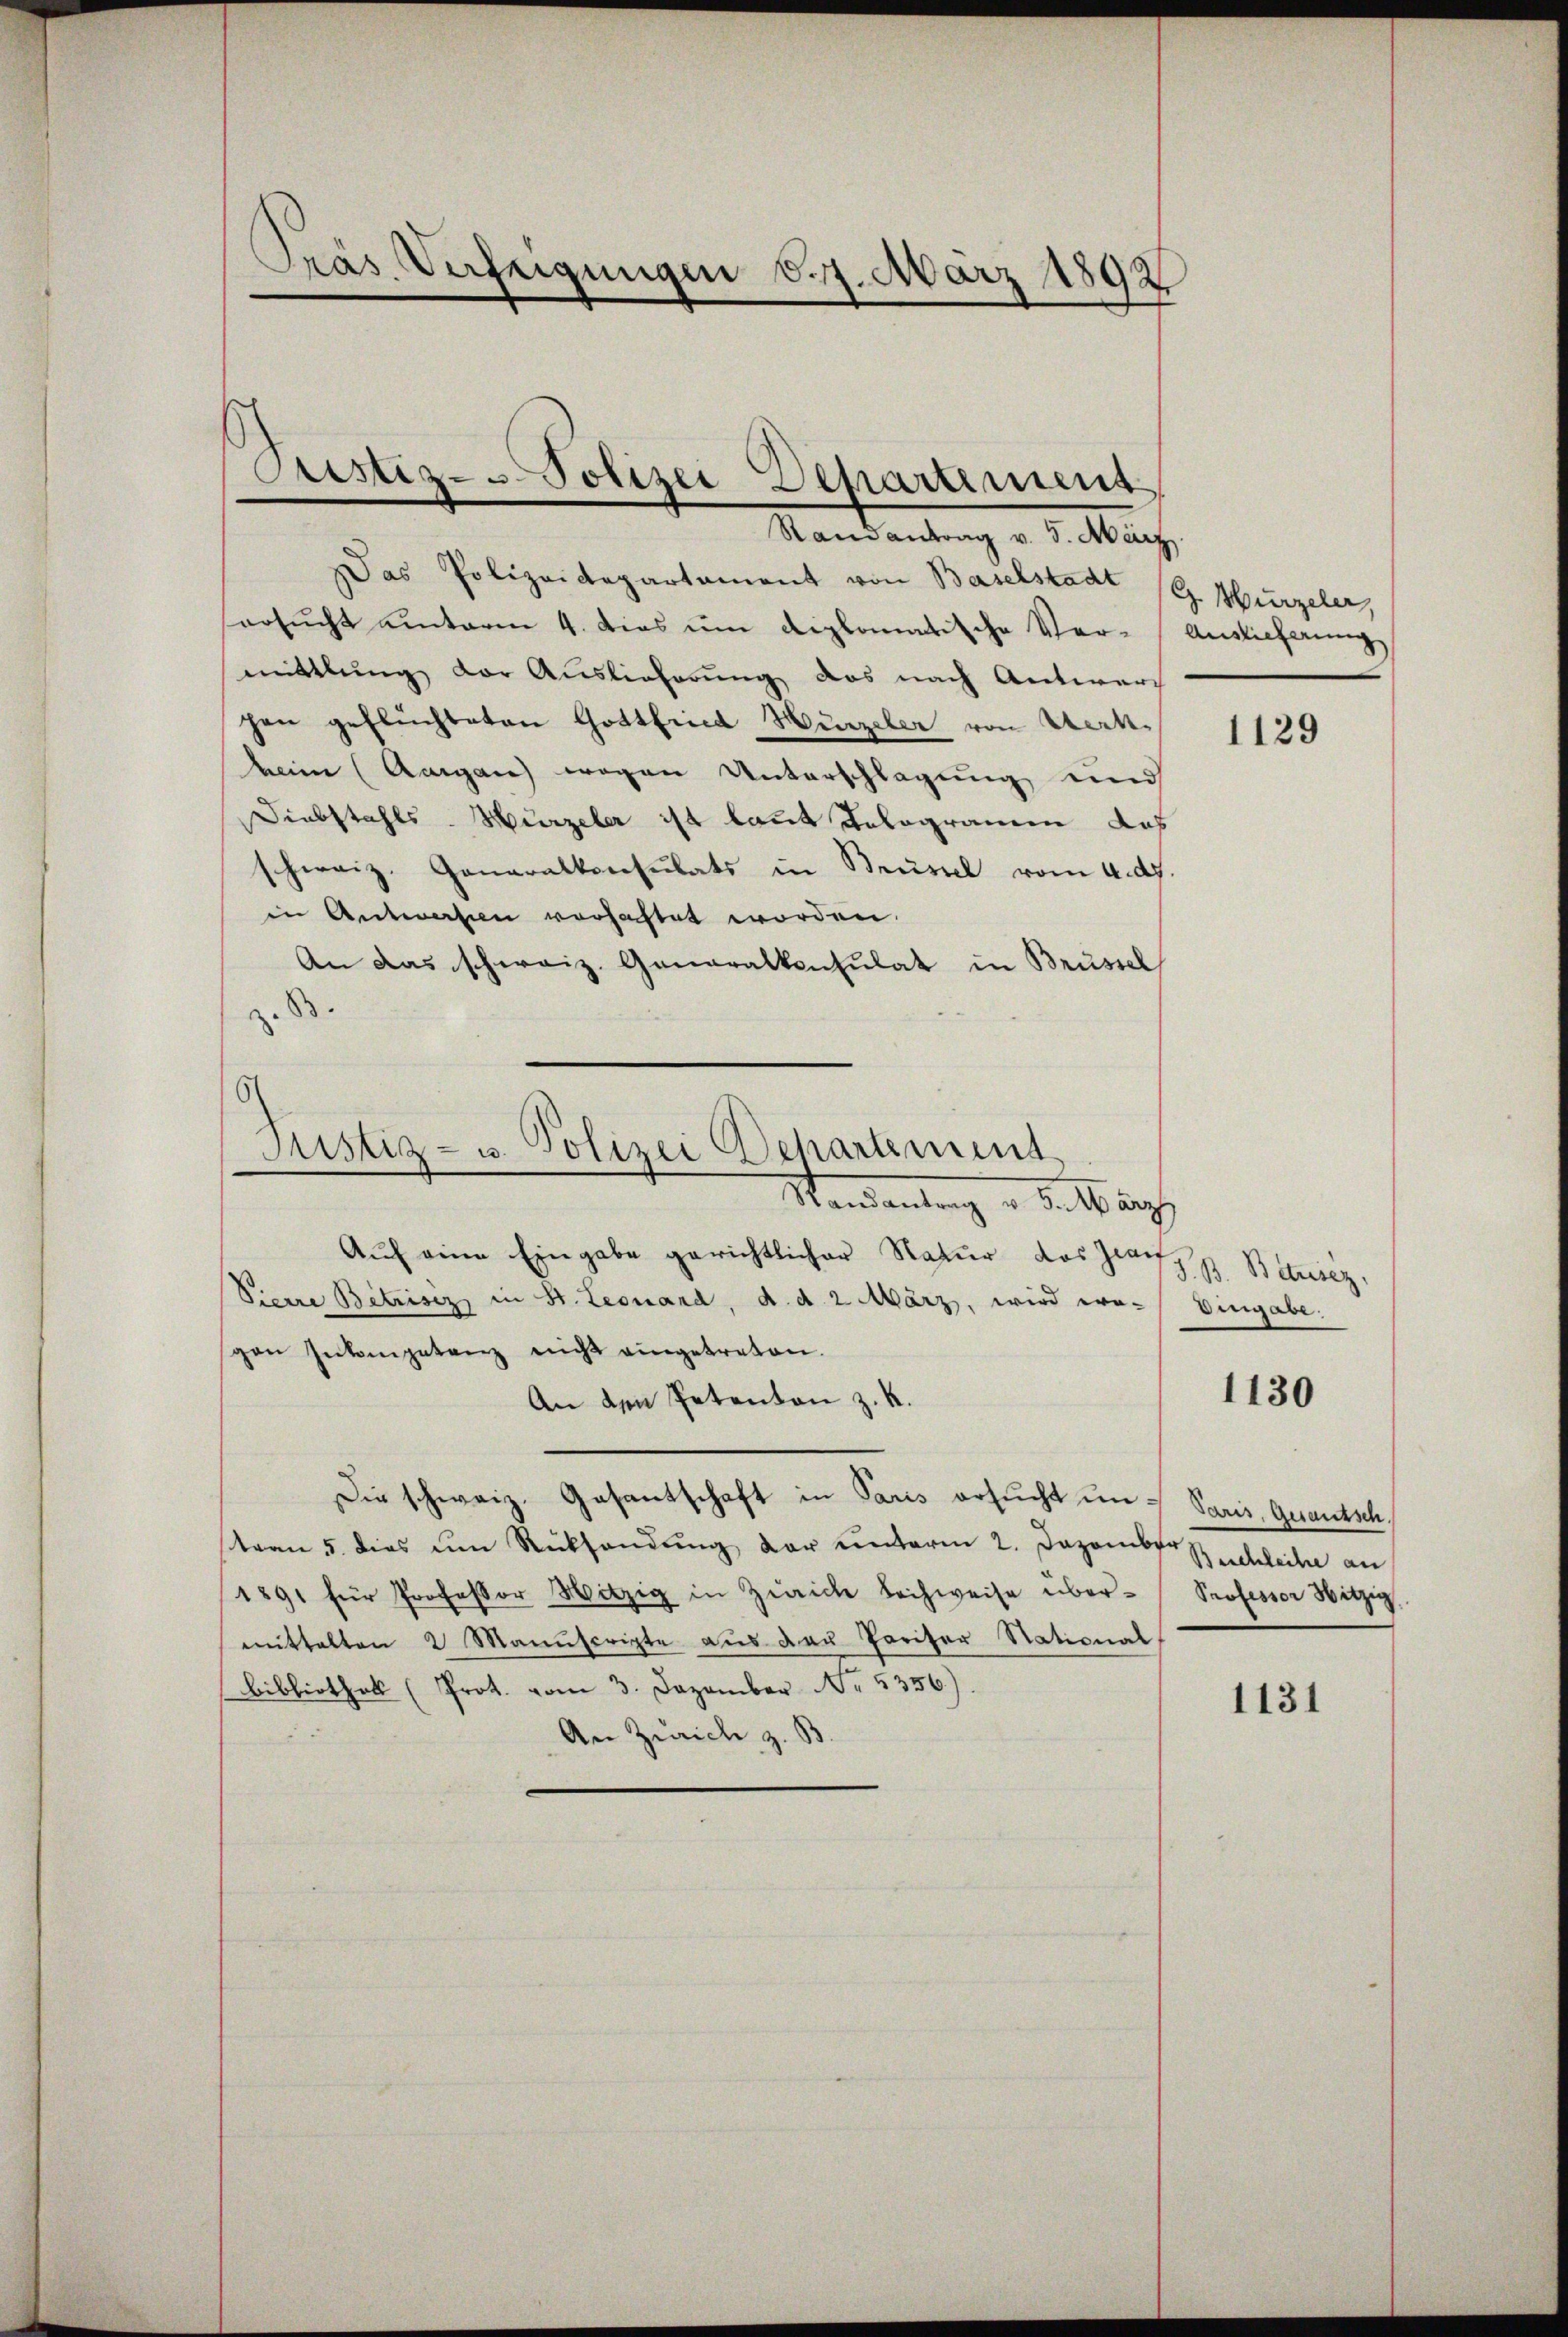
Pras Verfeigungen d. 7. März 1892

Sistiz-Polizei Departement
Randantrag v. 5. März.

Das Polizeidepartament von Baselstadt (G. Wurzeler,
ersŭcht einterm 4. dies um diplomatische Ver-Anslicherung
mittlung der Auslieferung das nach Antwor
hen geflüchteten Gottfried Hurzeler von Werkheim (Aargau wegen Unterschlagung und
Diebstahls Hirzeler ist laut Telegramm das
schweiz. Generalkonsulats in Brüssel vom 4. d.
in Antworten verhaftet worden.
An das schweiz. Generalkonsulat in Brüssel
3.

Justiz- u. Polizei Departement
Mandantrag u. dat auch

Auf eine Eingabe gerichtlicher Natur das Hausp. Betriez
Pierre Betrisiz in St. Leonand, d. d. 2 März, wird ero- Eingabe:
pen Inkompetenz nicht eingetreten.
An den Petenten z. K.
Die schweiz. Gesantschaft in Paris ersucht in Paris, Quantsch,
steen 5. dies um Rücksendung der unterm 2. Dezember Zuschleihe an
1891 für Professor Witzig in Zürich leihweise über-Professor Hitzig,
mittalten 2 Manuscripte aus der Pariser Stational
Bibliothek (Prot. vom 3. Dezember No. 5356).
An Zürich z. B.

1129

1130

1131